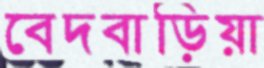
বেদবাড়িয়া